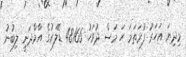
މިދިޔަ އަހަރު ފުރަތަމަ ހަ މަސް ދުވަހު 48166 ޑޮލަރުގެ އާމްދަނީ ލިބުނު